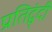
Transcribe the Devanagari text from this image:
प्रतिद्व्ंदी